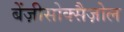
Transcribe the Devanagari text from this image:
बेंज़ीसोक्सैज़ोल